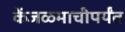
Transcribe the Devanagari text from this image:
केंजळमाचीपर्यंत